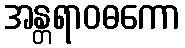
အန္တရာဝဓကော